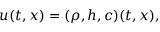
u ( t , x ) = ( \rho , h , c ) ( t , x ) ,